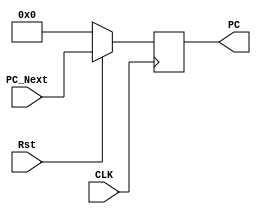
module PC_Module(CLK, Rst, PC, PC_Next);
	input CLK, Rst;
	input [31:0] PC_Next;
	output reg [31:0] PC;
	
	always @(posedge CLK) begin
		if(Rst == 0) PC <= 0;
		else PC <= PC_Next;
	end 
endmodule